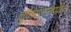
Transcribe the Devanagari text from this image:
तुर्कस्तानपर्यंत